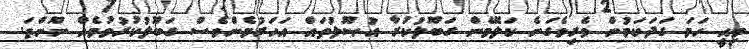
މިއީ ހަމަ ގަދަކަމުން ވެރިވެގަނެ ކަލޭމެން ގަބޫލުކުރާ އުޞޫލުތައް އަހަރުމެންވެސް ގަބޫލުކުރުވުމެއް ނޫންތަ.